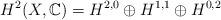
LaTeX: \begin{align*}H^2(X, \mathbb{C}) = H^{2,0} \oplus H^{1,1} \oplus H^{0,2}\end{align*}